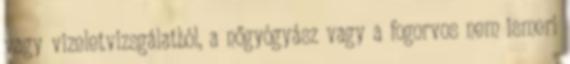
vagy vizeletvizsgálatból, a nőgyógyász vagy a fogorvos nem ismeri